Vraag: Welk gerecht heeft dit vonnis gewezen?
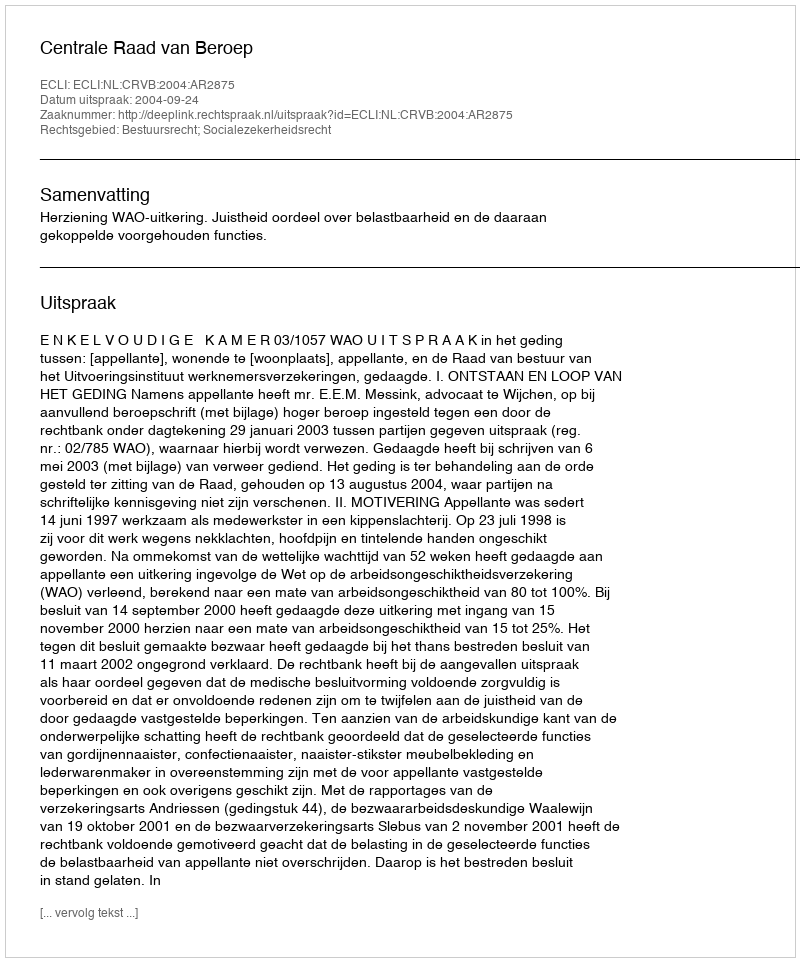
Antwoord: Centrale Raad van Beroep